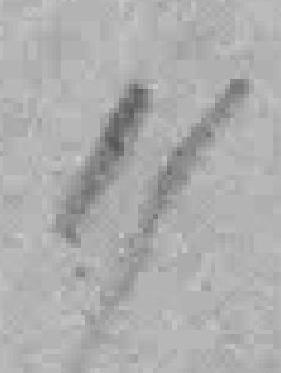
11